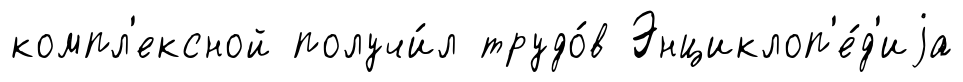
компл'ексной получи́л трудо́в Энциклоп'е́д'иjа